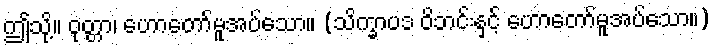
ဤသို့။ ဝုတ္တာ၊ ဟောတော်မူအပ်သော။ (သိက္ခာပဒ ဝိဘင်းနှင့် ဟောတော်မူအပ်သော။)